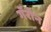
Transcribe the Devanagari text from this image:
गॅरोन